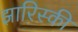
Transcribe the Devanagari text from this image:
झारिस्की